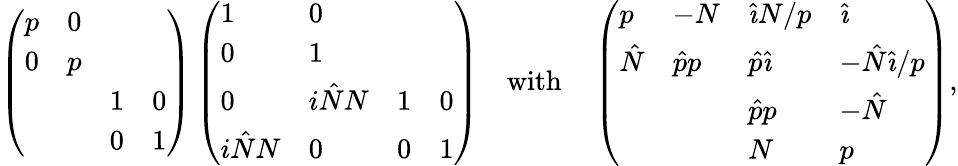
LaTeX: \left(\begin{array}{llll}{p}&{0}&&\\ {0}&{p}&&\\ &&{1}&{0}\\ &&{0}&{1}\end{array}\right)\left(\begin{array}{llll}{1}&{0}&&\\ {0}&{1}&&\\ {0}&{i\hat{N}N}&{1}&{0}\\ {i\hat{N}N}&{0}&{0}&{1}\end{array}\right)\quad\mathrm{with}\quad\left(\begin{array}{llll}{p}&{-N}&{{\hat{\imath}}N/p}&{{\hat{\imath}}}\\ {\hat{N}}&{\hat{p}p}&{\hat{p}{\hat{\imath}}}&{-\hat{N}{\hat{\imath}}/p}\\ &&{\hat{p}p}&{-\hat{N}}\\ &&{N}&{p}\end{array}\right),